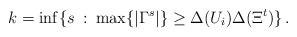
LaTeX: \begin{align*}k=\inf\{ s \::\: \max \{|\Gamma^s|\}\geq \Delta(U_i)\Delta(\Xi^t) \}\,.\end{align*}